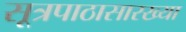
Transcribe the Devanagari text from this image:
सूत्रपाठासारख्या